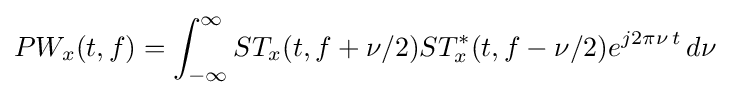
PW_{x}(t,f)=\int _{-\infty }^{\infty }ST_{x}(t,f+\nu /2)ST_{x}^{*}(t,f-\nu /2)e^{j2\pi \nu \,t}\,d\nu